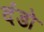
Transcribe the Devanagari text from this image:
दंडो